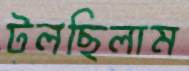
টলছিলাম